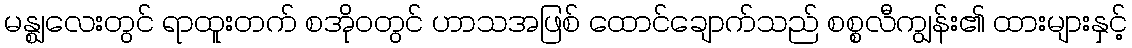
မန္ဈလေးတွင် ရာထူးတက် စအိုဝတွင် ဟာသအဖြစ် ထောင်ချောက်သည် စစ္စလီကျွန်း၏ ထားများနှင့်